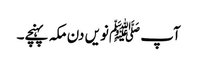
آپ ﷺنویں دن مکہ پہنچے۔